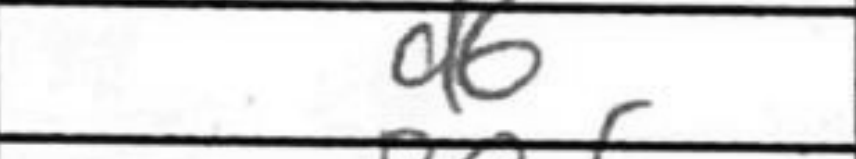
Transcription: d6